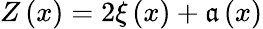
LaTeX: Z\left(x\right)=2\xi\left(x\right)+\mathfrak{a}\left(x\right)